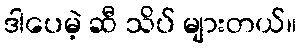
ဒါပေမဲ့ ဆီ သိပ် များတယ်။